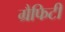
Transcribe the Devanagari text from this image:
ग्रैफिटी